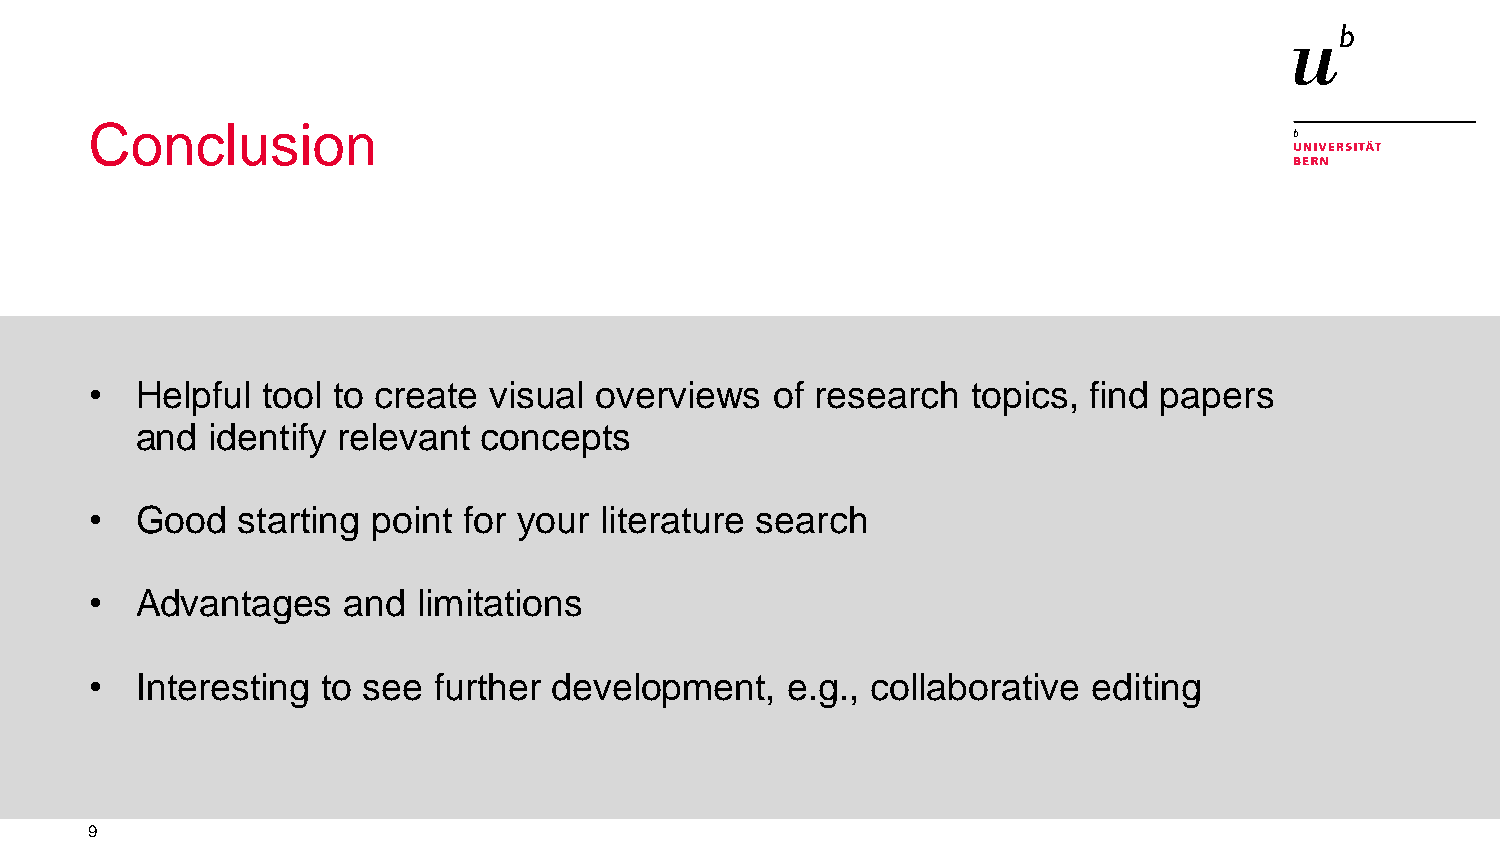
Conclusion
 •  Helpful tool to create visual overviews   of research  topics, find papers
 and  identify relevant concepts
 •  Good   starting point for your literature search
 •  Advantages    and  limitations
 •  Interesting to see  further development,   e.g., collaborative editing
 9